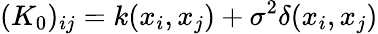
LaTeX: (K_{0})_{ij}=k(x_{i},x_{j})+\sigma^{2}\delta(x_{i},x_{j})